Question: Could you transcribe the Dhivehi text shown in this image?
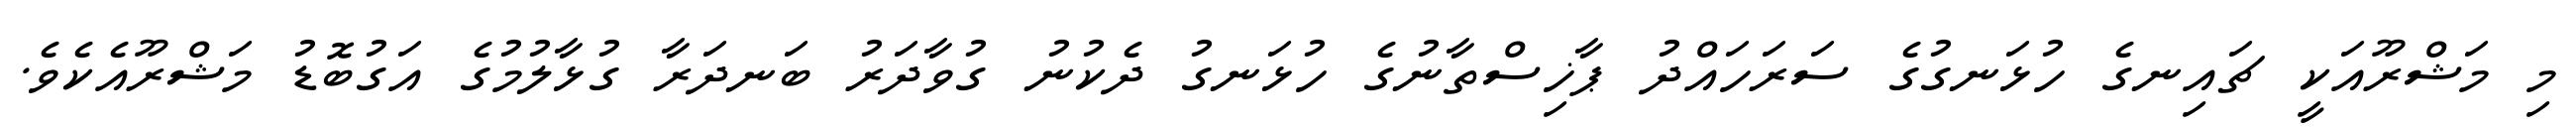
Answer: މި މަޝްރޫއަކީ ޗައިނގެ ހުޅަނގުގެ ސަރަހައްދު ޕާޚިސްތާނުގެ ހުޅަނގު ދެކުނު ގުވާދަރު ބަނދަރާ ގުޅާލުމުގެ އަގުބޮޑު މަޝްރޫއެކެވެ.